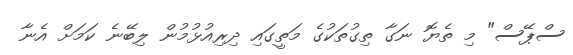
ސްޕޭސް" މި ތެޔޮ ނަގާ ތިގުތަކުގެ މަތީގައި ދިރިއުޅުމުން ލިބޭނެ ކަމަށް އެނާ